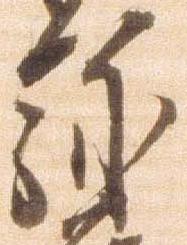
弥